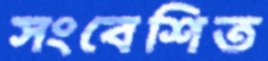
সংবেশিত